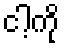
ငါ့ကို